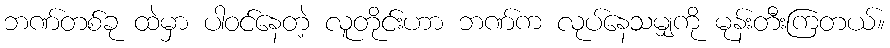
ဘဏ်တစ်ခု ထဲမှာ ပါဝင်နေတဲ့ လူတိုင်းဟာ ဘဏ်က လုပ်နေသမျှကို မုန်းတီးကြတယ်။